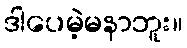
ဒါပေမဲ့မနာဘူး။